Statistical return of the lunatic asylum in Assam - 1912-1932
Year: 1912
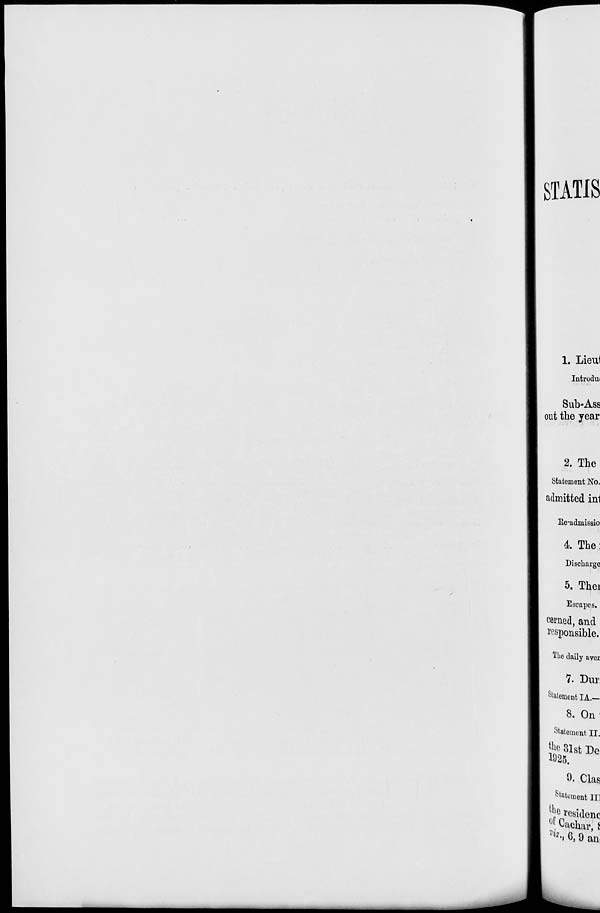
STATIS
1. Lieul
Introdui
Sub-Ass
out the year
2. The
Statement No.
admitted inl
Ke-admissio
k The:
Discharge
5. Thei
Escapes.
cerned, and
responsible.
The daily aver
7. Dur
Statement IA.—
8. On
Statement II.
fee 31sfc De
1925.
9. Clas
Statement II]
U ; e *esidenc
*•. 6, 9 an